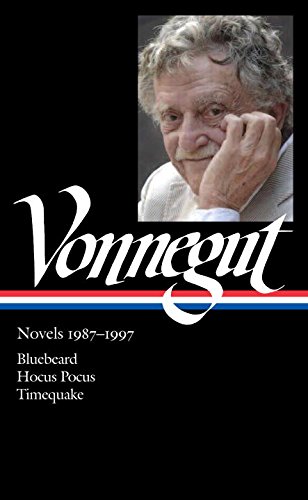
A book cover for Kurt Vonnegut: Novels 1987-1997: Bluebeard / Hocus Pocus / Timequake: Library of America #273 (The Library of America); Kurt Vonnegut; Literature & Fiction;